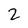
Character: 2